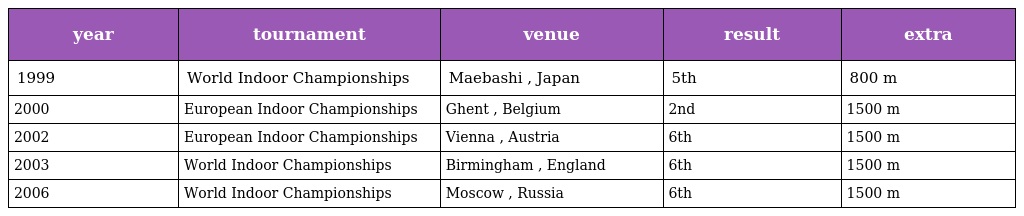
| year | tournament | venue | result | extra |
 | --- | --- | --- | --- | --- |
 | 1999 | World Indoor Championships | Maebashi , Japan | 5th | 800 m |
 | 2000 | European Indoor Championships | Ghent , Belgium | 2nd | 1500 m |
 | 2002 | European Indoor Championships | Vienna , Austria | 6th | 1500 m |
 | 2003 | World Indoor Championships | Birmingham , England | 6th | 1500 m |
 | 2006 | World Indoor Championships | Moscow , Russia | 6th | 1500 m |